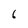
Character: 6